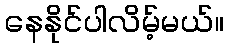
နေနိုင်ပါလိမ့်မယ်။